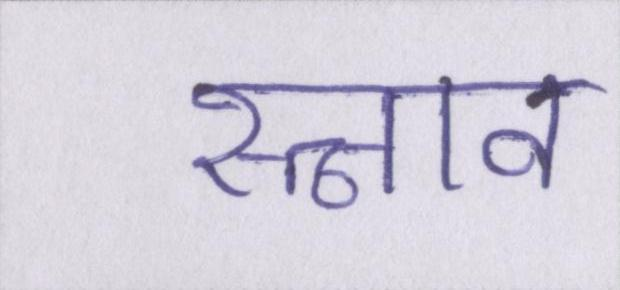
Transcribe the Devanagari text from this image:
स्त्राव